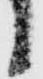
候